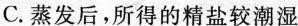
C.蒸发后，所得的精盐较潮湿